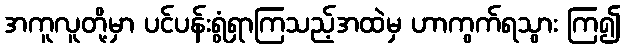
အကူလူတို့မှာ ပင်ပန်းရွံရှာကြသည့်အထဲမှ ဟာကွက်ရသွား ကြ၍